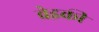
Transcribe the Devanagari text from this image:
वेइकी